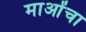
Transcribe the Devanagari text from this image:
माओंचा